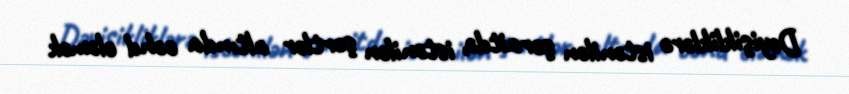
Dəyişikliklərə istənilən şəraitdə, istənilən şərtlər altında cəhd eləmək